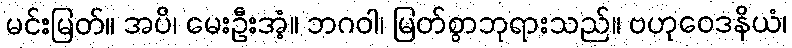
မင်းမြတ်။ အပိ၊ မေးဦးအံ့။ ဘဂဝါ၊ မြတ်စွာဘုရားသည်။ ဗဟုဝေဒနိယံ၊